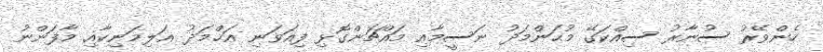
ހެންވޭރު ސުނާރު ސިއްކަގޭ މުޙަންމަދު ނަސީމާއި މައްޗަންގޮޅި ފިއަވަނި އަޙްމަދު ޢަލިމަނިކާއި މާފަންނު